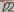
Text: D2